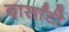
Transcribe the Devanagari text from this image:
बार्सांटी